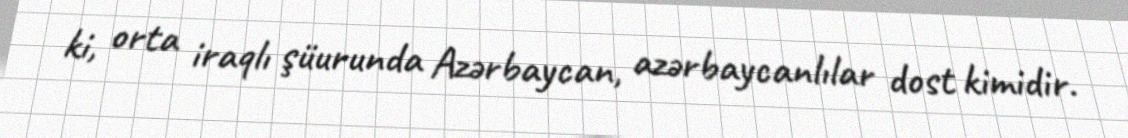
ki, orta iraqlı şüurunda Azərbaycan, azərbaycanlılar dost kimidir.